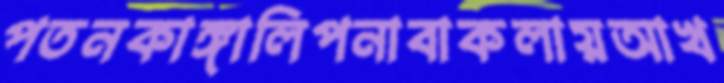
পতনকাঙ্গালিপনাবাকলায়আখ